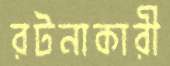
রটনাকারী